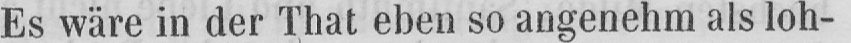
Es wäre in der That eben so angenehm als loh-